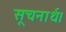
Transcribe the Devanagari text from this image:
सूचनार्थ।